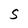
Character: S